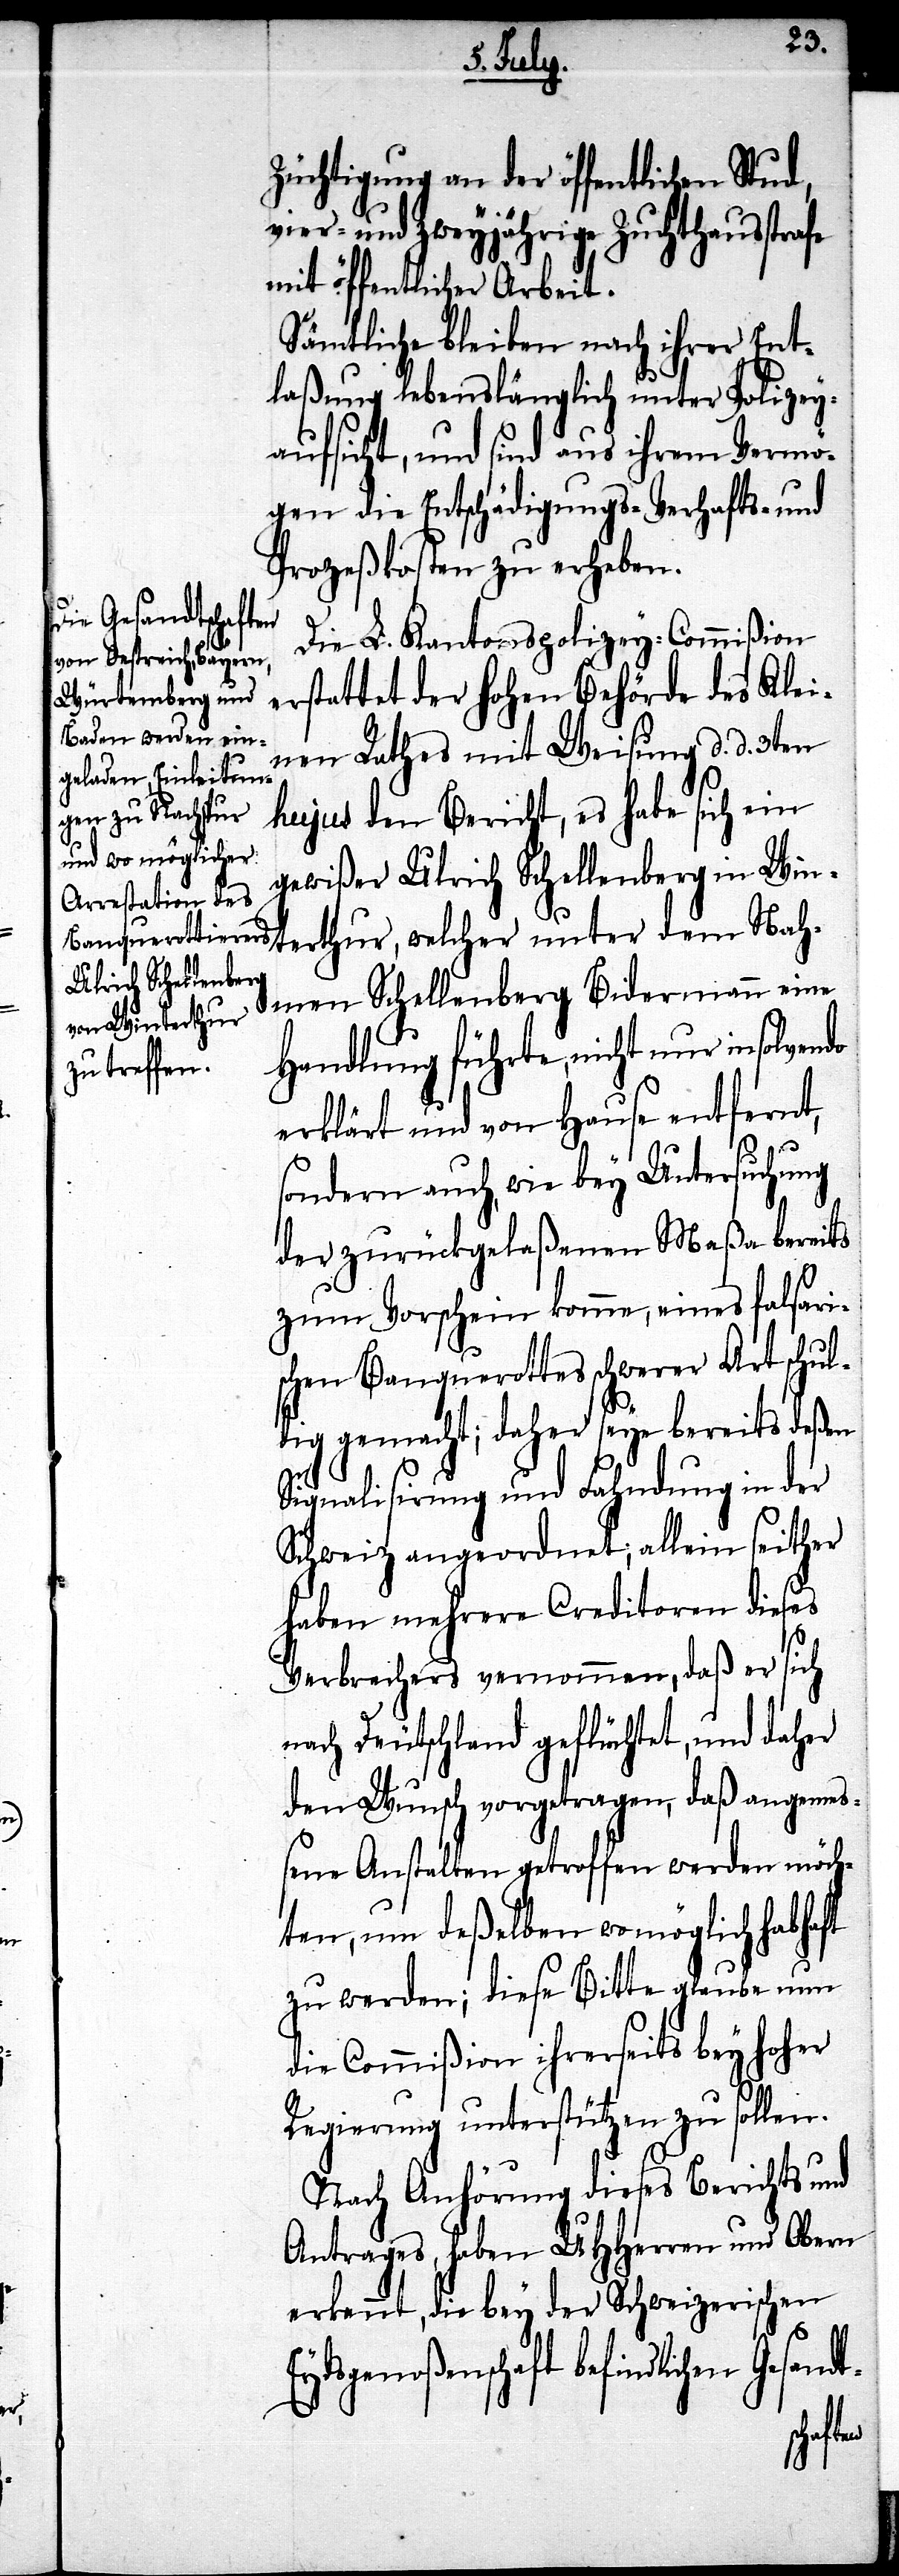
Züchtigung an der öffentlichen Stud,
vier- und zweyjährige Zuchthaussst¬
mit öffentlicher Arbeit.
Sämtliche bleiben nach ihrer Ent¬
laßung lebenslänglich unter Polizey¬
aufsicht, und sind aus ihrem Vermö¬
gen die Entschädigungs- Verhafts- und
Prozeßkosten zu erheben.
Die L. Kantonspolizey-Commißion
erstattet der hohen Behörde des Klei¬
nen Rathes mit Weisung d. d. 3ten
hujus den Bericht, es habe sich ein
gewißer Ulrich Schellenberg in Win¬
terthur, welcher unter dem Nah¬
men Schellenberg Bidermann eine
Handlung führte, nicht nur insolvendo
erklärt und von Hause entfernt,
sondern auch, wie bey Untersuchung
der zurückgelaßenen Maßa bereits
zum Vorschein komme, eines falsari¬
schen Banquerottes schwerer Art schul¬
dig gemacht; daher seye bereits deßen
Signalisirung und Fahndung in der
Schweiz angeordnet; allein seither
haben mehrere Creditoren dieses
Verbrechers vernommen, daß er sich
nach Deutschland geflüchtet, und daher
den Wunsch vorgetragen, daß angemeß¬
ene Anstalten getroffen werden möch¬
ten, um deßelben womöglich habhaft
zu werden; diese Bitte glaube nun
die Commißion ihrerseits bey hoher
Regierung unterstützen zu sollen.
Nach Anhörung dieses Berichts und
Antrages, haben UHHerren und Obern
erkannt, die bey der Schweizerischen
Eydsgenoßenschaft befindlichen
rafe